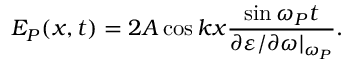
E _ { P } ( x , t ) = 2 A \cos k x \frac { \sin \omega _ { P } t } { \partial \varepsilon / \partial \omega | _ { \omega _ { P } } } .